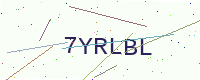
Text: 7YRLBL